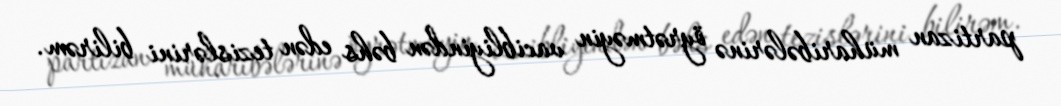
partizan müharibələrinə öyrətməyin vacibliyindən bəhs edən tezislərini bilirəm.